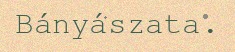
Bányászata.